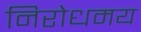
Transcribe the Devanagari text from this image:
निरोधमय